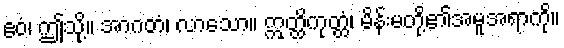
ဧဝံ၊ ဤသို့။ အာဂတံ၊ လာသော။ ဣတ္ထိကုတ္တံ၊ မိန်းမတို့၏အမူအရာကို။